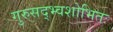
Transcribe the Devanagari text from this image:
गुरुसद्भ्वशोभितः